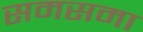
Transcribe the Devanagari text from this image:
समसमा